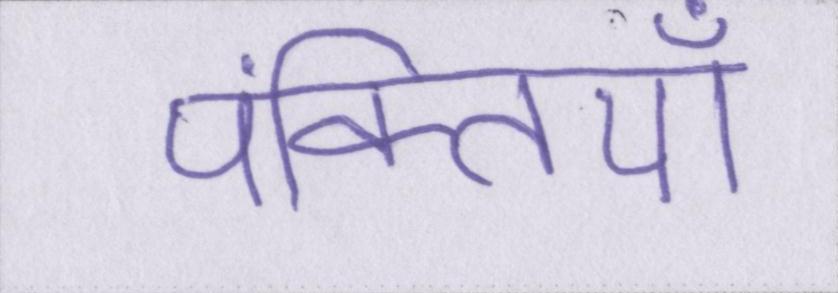
पंक्तियाँ